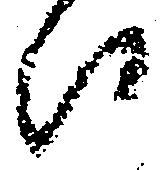
此